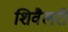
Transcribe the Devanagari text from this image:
शिवैलरी